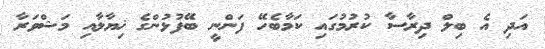
އަދި އެ ބިލް ދިރާސާ ކުރުމުގައި ކަމާބެހޭ ފަންނީ ބޭފުޅުންގެ ޚިޔާލާއި މަޝްވަރާ